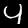
Label: 4